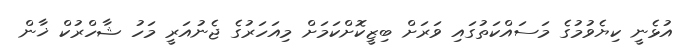
އުޅެނީ ކިޔެވުމުގެ މަސައްކަތުގައި ވަރަށް ބިޒީކޮށްކަމަށް މިއަހަރުގެ ޖެނުއަރީ މަހު ޝާހްރުކް ޚާން